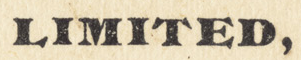
LIMITED,